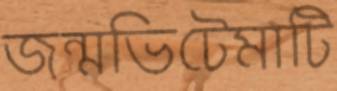
জন্মভিটেমাটি